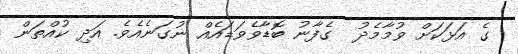
ގެ އަޅަކަށް ވުމާމެދު  ގެފާނު ބޮޑާވެވަޑައެއް ނުގަނެއެވެ. އަދި ކުއްތަން